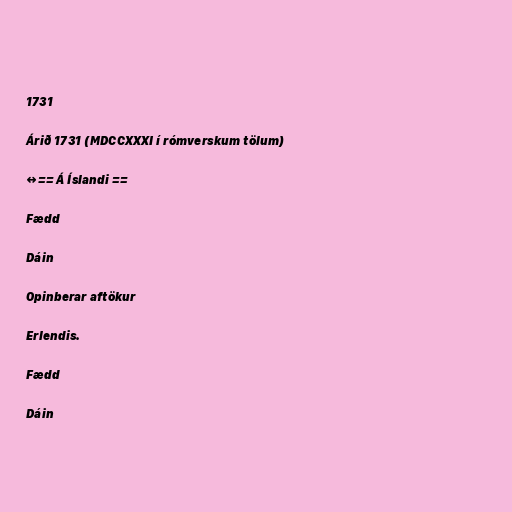
1731

Árið 1731 (MDCCXXXI í rómverskum tölum)

↔== Á Íslandi ==

Fædd

Dáin

Opinberar aftökur

Erlendis.

Fædd

Dáin